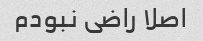
اصلا راضی نبودم